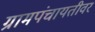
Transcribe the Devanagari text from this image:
ग्रामपंचायतीवर